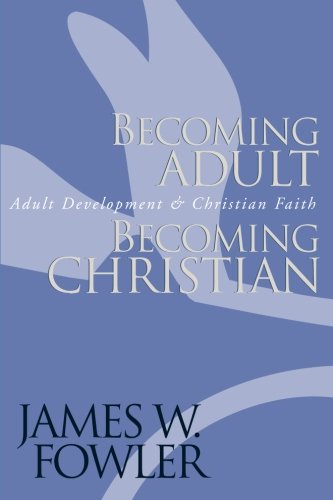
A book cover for Becoming Adult, Becoming Christian : Adult Development and Christian Faith; James W. Fowler; Health, Fitness & Dieting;